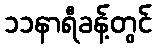
၁၁နာရီခန့်တွင်